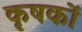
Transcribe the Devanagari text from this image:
कृषकाें